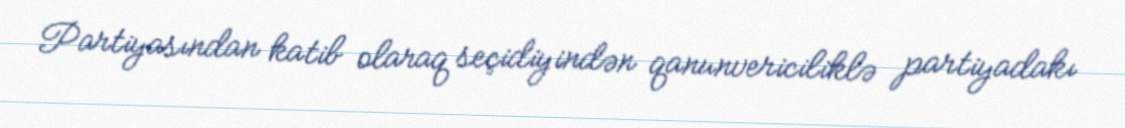
Partiyasından katib olaraq seçidiyindən qanunvericiliklə partiyadakı